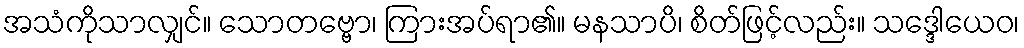
အသံကိုသာလျှင်။ သောတဗ္ဗော၊ ကြားအပ်ရာ၏။ မနသာပိ၊ စိတ်ဖြင့်လည်း။ သဒ္ဒေါယေဝ၊